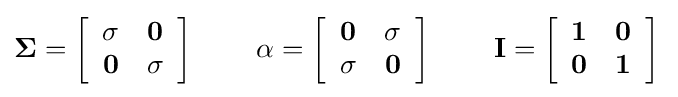
{\begin{aligned}{\mathbf {\Sigma } }=\left[{\begin{array}{cc}{\mathbf {\sigma } }&{\mathbf {0} }\\{\mathbf {0} }&{\mathbf {\sigma } }\end{array}}\right]\,\qquad {\mathbf {\alpha } }=\left[{\begin{array}{cc}{\mathbf {0} }&{\mathbf {\sigma } }\\{\mathbf {\sigma } }&{\mathbf {0} }\end{array}}\right]\,\qquad {\mathbf {I} }=\left[{\begin{array}{cc}{\mathbf {1} }&{\mathbf {0} }\\{\mathbf {0} }&{\mathbf {1} }\end{array}}\right]\,\end{aligned}}